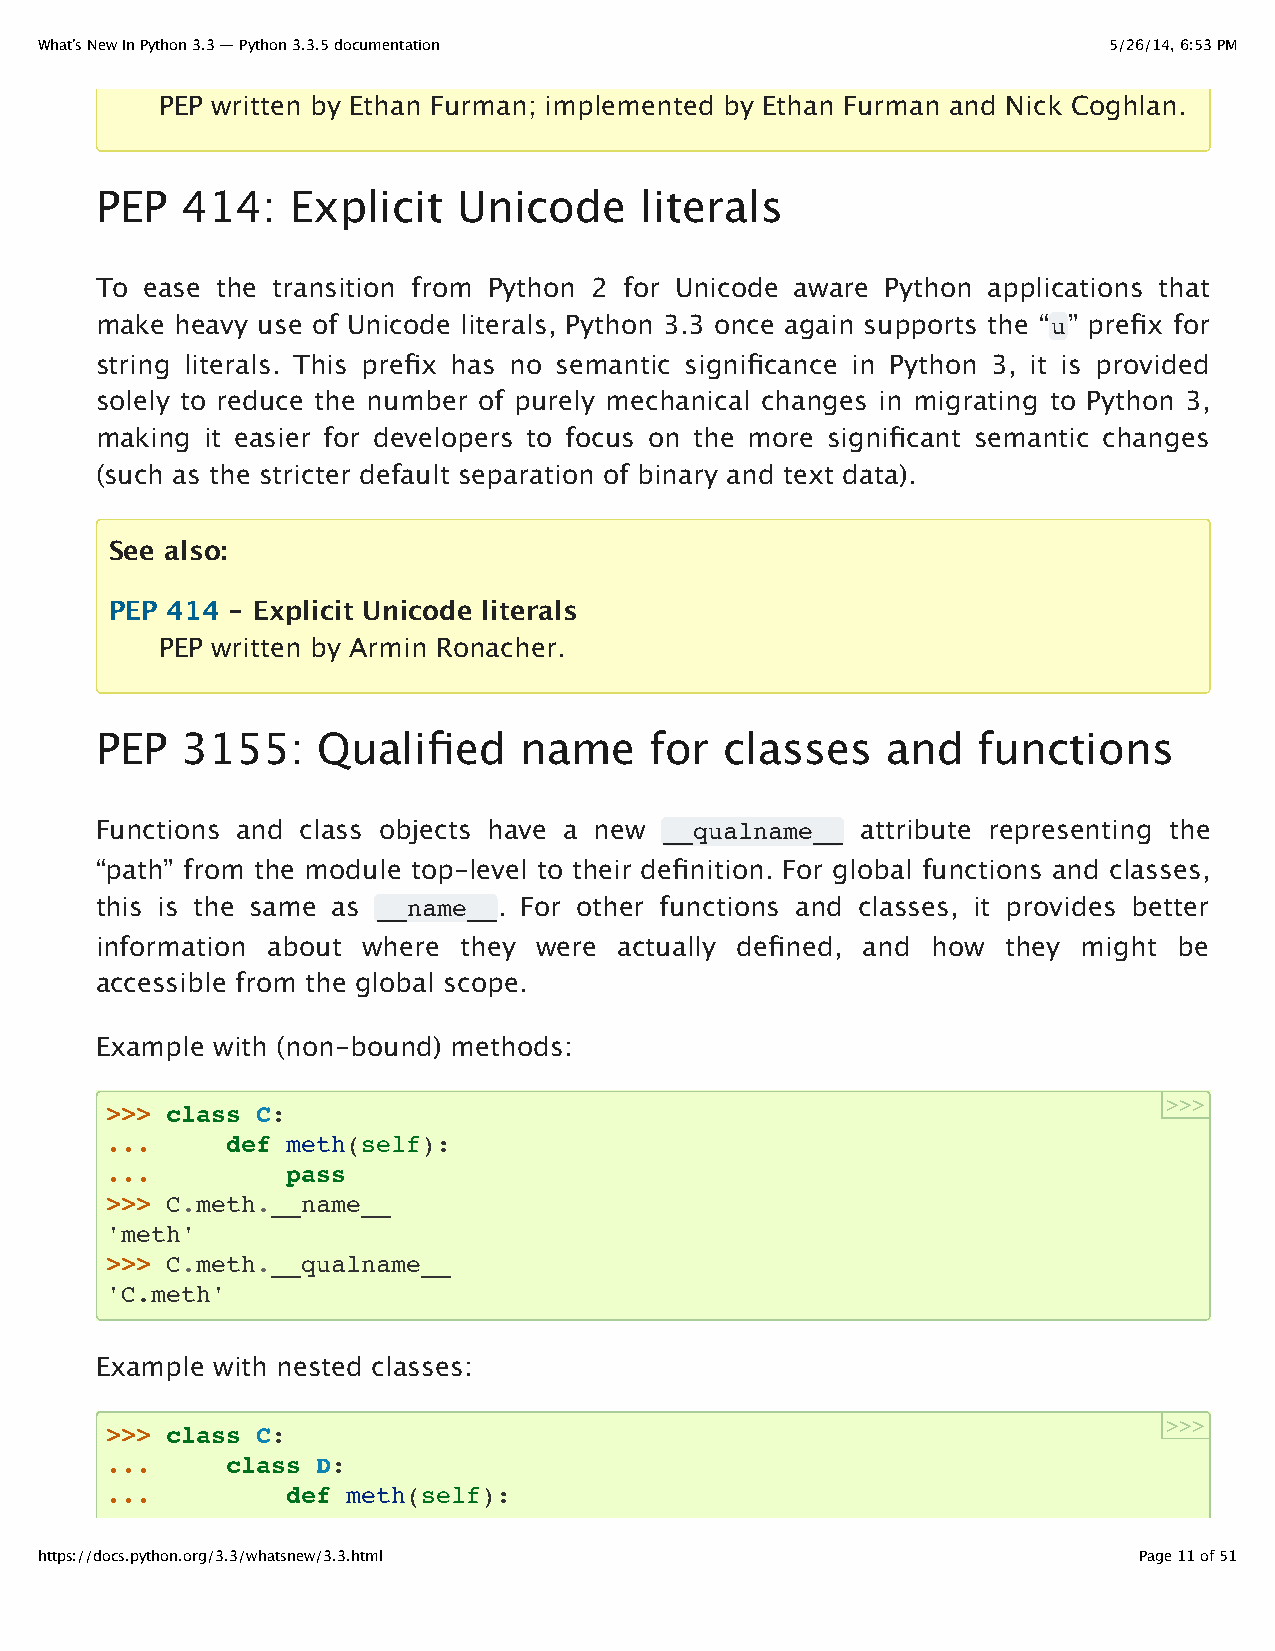
What’s New In Python 3.3 — Python 3.3.5 documentation                  5/26/14, 6:53 PM
 PEP written by Ethan Furman; implemented by Ethan Furman and Nick Coghlan.
 PEP   414:   Explicit   Unicode     literals
 To  ease the transition from Python 2 for Unicode aware Python applications that
 make  heavy use of Unicode literals, Python 3.3 once again supports the “u” prefix for
 string literals. This prefix has no semantic significance in Python 3, it is provided
 solely to reduce the number of purely mechanical changes in migrating to Python 3,
 making  it easier for developers to focus on the more significant semantic changes
 (such as the stricter default separation of binary and text data).
 See also:
 PEP 414 - Explicit Unicode literals
 PEP written by Armin Ronacher.
 PEP   3155:    Qualified    name     for  classes    and   functions
 Functions and class objects have a new __qualname__ attribute representing the
 “path” from the module top-level to their definition. For global functions and classes,
 this is the same as __name__. For other functions and classes, it provides better
 information about where  they were actually defined, and how they might be
 accessible from the global scope.
 Example with (non-bound) methods:
 >>>
 >>> class C:
 ...     def meth(self):
 ...         pass
 >>> C.meth.__name__
 'meth'
 >>> C.meth.__qualname__
 'C.meth'
 Example with nested classes:
 >>>
 >>> class C:
 ...     class D:
 ...         def meth(self):
 https://docs.python.org/3.3/whatsnew/3.3.html                            Page 11 of 51